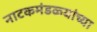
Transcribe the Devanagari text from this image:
नाटकमंडळ्यांच्या